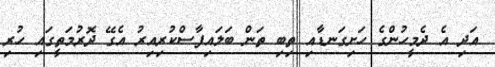
އަދި އެ ދެމީހުންގެ ހަށިގަނޑާއި ތިބި ތަން ބަލައިފާސްކުރިއިރު އެގޭ ދޮރުމަތީގައި ހުރި